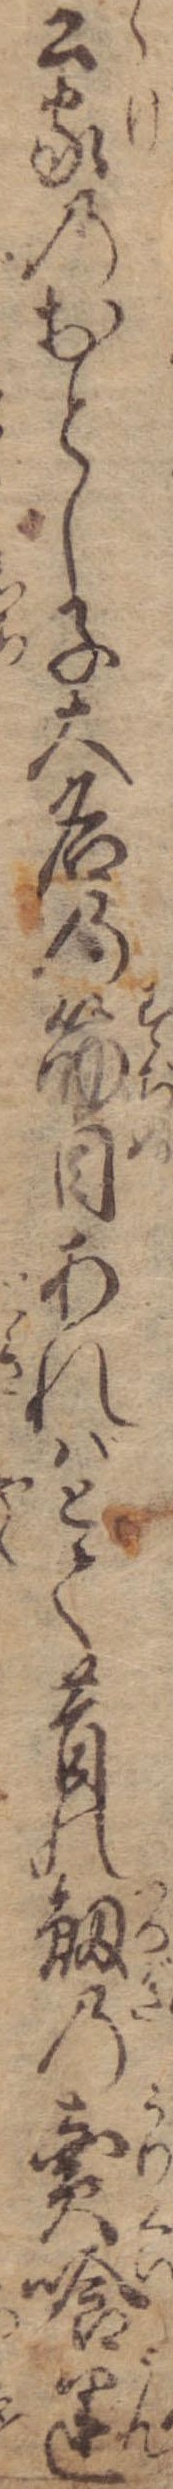
公家のおとし子大名の筋目あればとて昔の剣の売喰運